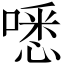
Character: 㗭